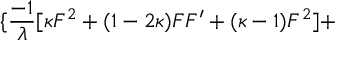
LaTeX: \{ \frac { - 1 } { \lambda } [ \kappa F ^ { 2 } + ( 1 - 2 \kappa ) F F ^ { \prime } + ( \kappa - 1 ) F ^ { 2 } ] +